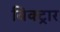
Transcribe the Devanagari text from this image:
विक्ट्रार